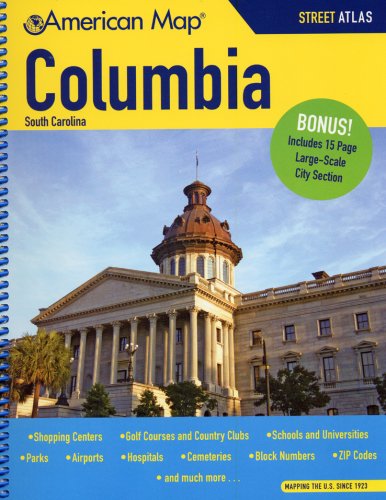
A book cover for American Map Columbia, Sc Atlas; Travel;